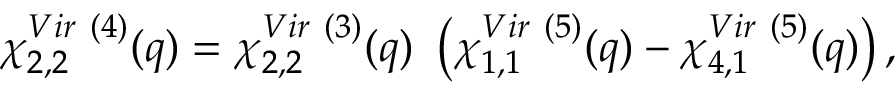
\chi _ { 2 , 2 } ^ { V i r ~ ( 4 ) } ( q ) = \chi _ { 2 , 2 } ^ { V i r ~ ( 3 ) } ( q ) { } ~ \left( \chi _ { 1 , 1 } ^ { V i r ~ ( 5 ) } ( q ) - \chi _ { 4 , 1 } ^ { V i r ~ ( 5 ) } ( q ) \right) ,